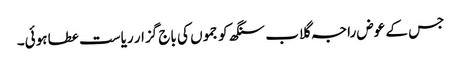
جس کے عوض راجہ گلاب سنگھ کو جموں کی باج گزار ریاست عطا ہوئی۔